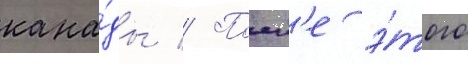
кана́ды // Посл'е э́того